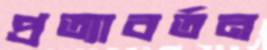
প্রত্যাবর্তন